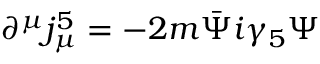
\partial ^ { \mu } j _ { \mu } ^ { 5 } = - 2 m \bar { \Psi } i \gamma _ { 5 } \Psi